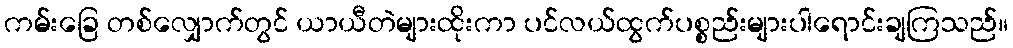
ကမ်းခြေ တစ်လျှောက်တွင် ယာယီတဲများထိုးကာ ပင်လယ်ထွက်ပစ္စည်းများပါရောင်းချကြသည်။